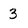
Character: 3